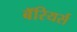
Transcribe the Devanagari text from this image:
बॅरियर्स